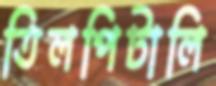
তিলপিটালি